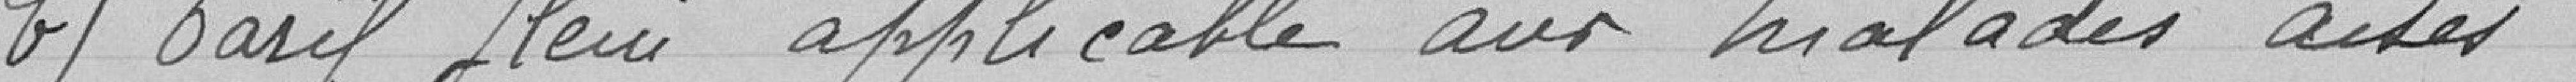
b) Tarif plein applicable aux malades aisés